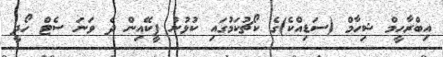
އިބްރާހީމް ޝިހާމް (ސަޑިއްކެ)ގެ ކޯޗުކަމުގައި ކުޅުނު ޕީކޭއިން ދެ ވަނަ ސެޓް ހޯދީ